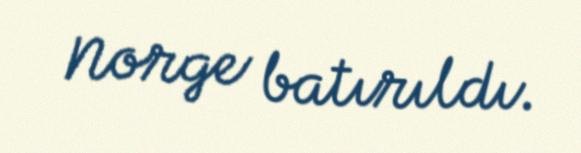
Norge batırıldı.